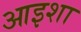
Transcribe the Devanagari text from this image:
आइशा